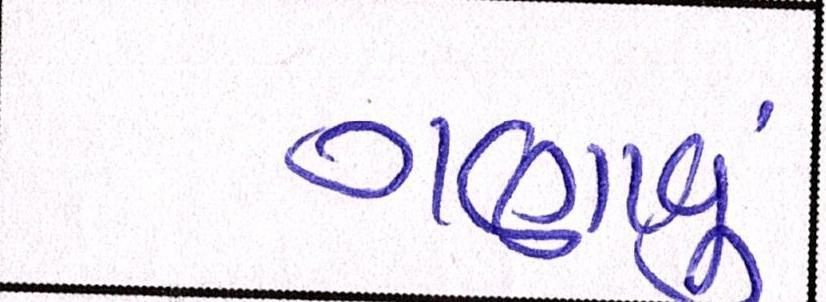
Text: ગણાતું